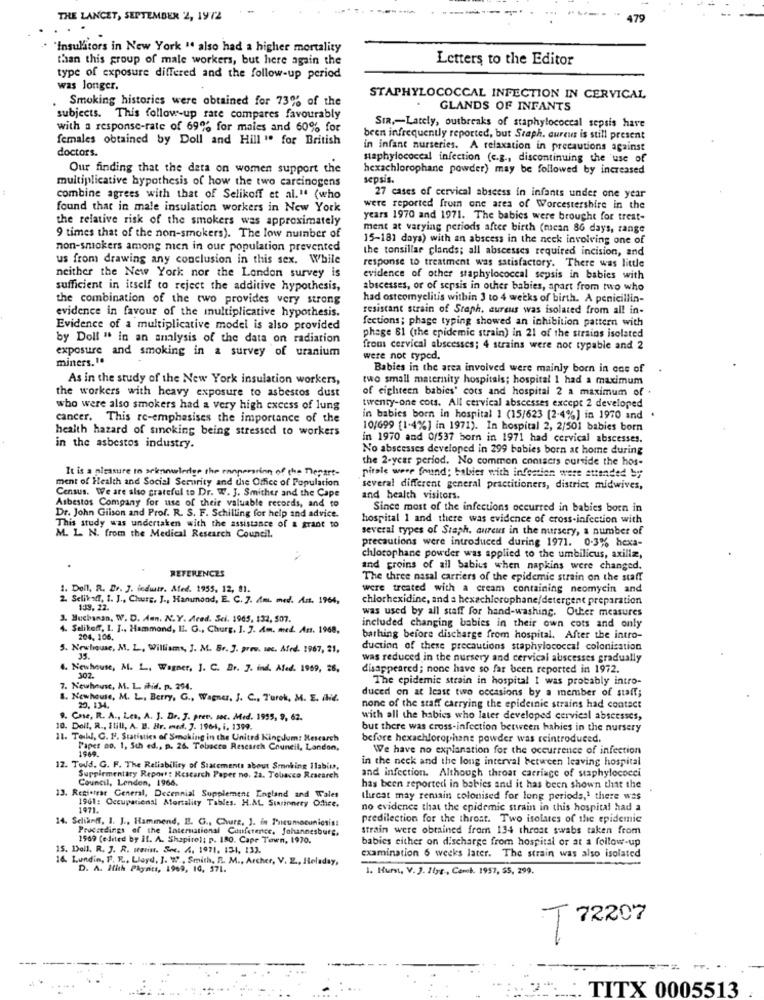
THE LANCET, SEPTEMBER 2, 1972
"Insulators in New York " also had a higher mortality
than this group of male workers, but here again the
Letters to the Editor
type of exposure differed and the follow-up period
was Jonger.
Smoking histories were obtained for 73% of the
STAPHYLOCOCCAL INFECTION IN CERVICAL
GLANDS OF INFANTS
subjects. This follow-up rate compares favourably
with a response-rate of 69% for males and 60% for
SIR ,- Lately, outbreaks of staphylococcal sepsis have
females obtained by Doll and Hill " for British
been infrequently reported, but Sraph. cureur is still present
doctors.
in infant nurseries. A relaxation in precautions against
staphylococeal infection (c.g ., discontinuing the use of
Our finding that the data on women support the
hexachlorophane powder) may be followed by increased
sepsis.
multiplicative hypothesis of how the two carcinogens
combine agrees with that of Selikoff et al." (who
27 cases of cervical abscess in infants under one year
found that in male insulation workers in New York
were reported from one area of Worcestershire in the
the relative risk of the smokers was approximately
years 1970 and 1971. The babies were brought for treat-
ment at varying periods after birth (mcan 86 days, range
9 times that of the non-smokers). The low number of
15-181 days) with an abscess in the neck involving one of
non-smokers among men in our population prevented
the tonsillar clands; all abscesses required incision, and
us from drawing any conclusion in this sex. While
response to treatment was satisfactory. There was little
neither the New York nor the London survey is
evidence of other staphylococcal sepsis in babies with
sufficient in itself to reject the additive hypothesis,
abscesses, or of sepsis in other babies, apart from two who
the combination of the two provides very strong
had osteomyelitis within 3 to 4 weeks of birth. A penicillin-
resistant strain of Staph. aureus was isolated from all in-
evidence in favour of the multiplicative hypothesis.
fections; phage typing showed an inhibition pattern with
Evidence of a multiplicative model is also provided
by Doll " in an analysis of the data on radiation
phage 61 (the epidemic strain) in 21 of the strains isolated
exposure and smoking in a survey of uranium
from cervical abscesses; 4 strains were not typable and 2
miners. 1.
were not typed.
Babies in the area involved were mainly born in one of
As in the study of the New York insulation workers,
two small maternity hospitals; hospital I had a maximum
of eighteen babies' cots and hospital 2 a maximum of .
the workers with heavy exposure to asbestos dust
who were also smokers had a very high excess of lung
twenty-one cots. All cervical abscesses except 2 developed
cancer. This re-emphasises the importance of the
in babies born in hospital 1 (15/623 (2-4%] in 1970 and .
health hazard of smoking being stressed to workers
10/699 [1-4%] in 1971). In hospital 2, 2/501 babies born
in 1970 and 0/537 born in 1971 had cervical abscesses.
in the asbestos industry.
No abscesses developed in 299 babies born at home during
the 2-year period. No common conisers outside the hos-
It is a pleasure to seknowledge the rangersrinn of the nepart-
pitale were found; babies with infection were attended by
ment of Health and Social Security and the Office of Population
Census. We are also grateful to Dr. W. J. Smither and the Cape
several different general practitioners, district midwives,
Asbestos Company for use of their valuable records, and to
and health visitors.
Since most of the infections occurred in babies born in
Dr. John Giison and Prof. R. S. F. Schilling for help and advice.
hospital 1 and there was evidence of cross-infection with
This study was undertaken with the assistance of & grant to
several types of Staph. aureus in the nursery, a number of
M. L. N. from the Medical Research Council.
precautions were introduced during 1971. 0.3% hexa-
chlorop hane powder was applied to the umbilicus, axilla,
REFERENCES
and groins of all Sabius when napkins were changed.
The three nasal carriers of the epidemic strain on the staff
1. Doll, R. Dr. J. fedwtr. Afed. 1955, 12, 81.
were treated with a cream containing neomycin and
2. Selikeoff, I. J ., Chute, J ., Hanmond, E. C. 7. Am. med. An. 1964,
chlorhexidine, and a hexachlorophane/detergent preparation
139. 22.
was used by all staff for hand-washing. Other measures
3. Buchanan, W. D. Aun. N.Y. Ared. Sci. 1965. 132, 507.
Selikoff, I. J ., Hammond, II. G ., Churg. ]. 7. Am. med. Ass. 1968,
included changing babies in their own cots and only
204, 106.
bathing before discharge from hospital. After the intro-
3. Newhouse, M. L ., Williams, J. M. Sr. J. grow. soc. Afrd. 1967, 21,
duction of these precautions staphylococca! colonisation
was reduced in the nursery and cervical abscesses gradually
4. Newhouse, M. L ., Wagner, J. C. Br. 7. ind. Aled. 1969, 26,
disappeared; none have so far been reported in 1972.
302.
The epidemic strain in hospital I was probably intro-
7. Newhouse, M. L. Fhid. p. 294.
duced on at least two occasions by a member of staff;
1. Newhouse, M. L ., Berry, G ., Wagner, J. C ., T'urek, M. E. INie.
20. 134.
none of the staff carrying the epideinic strains had contact
9. Case, R. A ., Les, A. J. Dr. J. prev. soc. Med. 1955, 9, 62.
with all the habics who later developed cervical abscesses,
10. Doll, R ., Still, A. B. Hr. med. 7. 1964, i. 1399.
but there was cross-infection between hahies in the nursery
11. Toll, C. P. Statistics of Smoking in the United Kingdom: Research
before hexachlorophane powder was reintroduced.
Paper no. 1, 5th ed ., p. 26. Tobacco Research Council, London,
1969.
We have no explanation for the occurrence of infection
in the neck and the long interval between leaving hospital
12. Toud. G. F. The Reliability of Statements about Smoking Ilabit,
Supplementary Report: Research Paper no. 2a. Tobacco Research
Council, Lenden, 1966.
and infection. Although throat carriage of staphylococci
has been reported in babies and it has been shown that the
13. Registrar General, Decennial Supplement England and Wales
1961: Occupational Mortality Tables. H.AL Surinnery Odhice.
threat may remain colonised for long periods,' there was
1971.
no evidence that the epidemic strain in this hospital had a
14. Selianff, I. J ., Hammend, E. G ., Chute, J. in Pneumocunionist
predilection for the throat. Two isolates of the epidemic
Proceedings of the International Conference, Johannesburg,
strain were obtained from 134 throat swabs taken from
1969 (edited by il. A. Shapirol; p. 180. Cape Town, 1970.
babies either on discharge from hospital or at a follow-up
15. Doll. R. J. R. wasin. See. 4. 1971. 131, 133.
16. Lundin, F. R ., Lloyd, J. W ., Smith, R. M ., Archer, V. E ., Heladay,
examination 6 weeks later. The strain was also isolated
D. A. Hith Plyntt, 1969, 10, 571.
1. Hurst, V. J. Ilye ., Comob. 1957, 55, 299.
T 72207
TITX 0005513